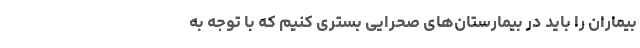
بیماران را باید در بیمارستان‌های صحرایی بستری کنیم که با توجه به